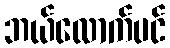
ဘယ်လောက်ပင်